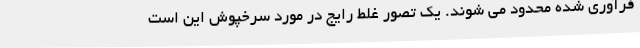
فرآوری شده محدود می شوند. یک تصور غلط رایج در مورد سرخپوش این است